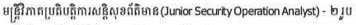
មន្រ្តីវិភាគប្រតិបត្តិការសន្តិសុខព័ត៌មាន(Junior Security Operation Analyst) - ២ រូប